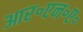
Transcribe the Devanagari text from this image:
आर॰एन॰ए॰